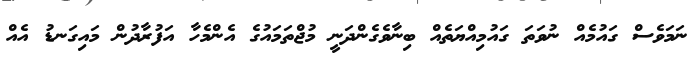
ނަމަވެސް ގައުމެއް ނުވަތަ ގައުމިއްޔަތެއް ބިނާވެގެންދަނީ މުޖްތަމައުގެ އެންމެހާ އަފުރާދުން މައިގަނޑު އެއް